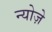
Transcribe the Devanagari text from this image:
न्योज़े